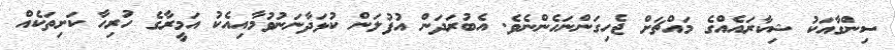
ސިންގާއަކު ޝިކާރައެއްގެ މައްޗަށް ޖެހިގަންނަހެންނެވެ. އެބުރަދަން އުފުލަން ކުޅަދާނަނުވުމާއިއެކު އަމީރާގެ ހުރިހާ ކަށިތަކެއް